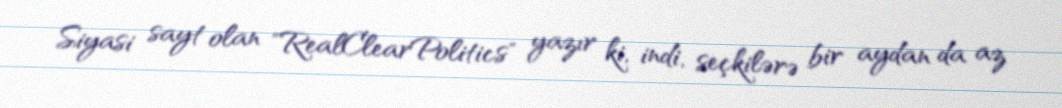
Siyasi sayt olan "RealClearPolitics" yazır ki, indi, seçkilərə bir aydan da az